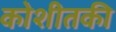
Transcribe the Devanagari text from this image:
कोशीतकी